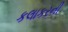
કલાકરની